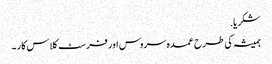
شکریا.
ہمیشہ کی طرح عمدہ سروس اور فرسٹ کلاس کار ۔